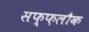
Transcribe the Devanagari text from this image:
सफ़्फ़लौक